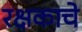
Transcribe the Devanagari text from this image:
रक्षकाचे